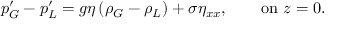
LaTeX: p _ { G } ^ { \prime } - p _ { L } ^ { \prime } = g \eta \left( \rho _ { G } - \rho _ { L } \right) + \sigma \eta _ { x x } , \qquad { \mathrm { o n ~ } } z = 0 .